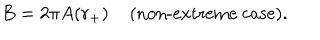
LaTeX: B = 2 \pi A ( r _ { + } ) \; \mathrm { ( n o n - e x t r e m e ~ c a s e ) } .